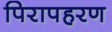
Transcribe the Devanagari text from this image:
पिरापहरण